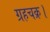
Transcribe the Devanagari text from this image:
ग्रहचक्र।